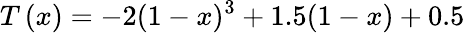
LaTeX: T\left(x\right)=-2(1-x)^{3}+1.5(1-x)+0.5